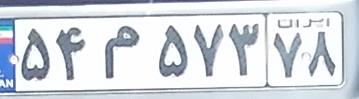
۵۴م۵۷۳۷۸